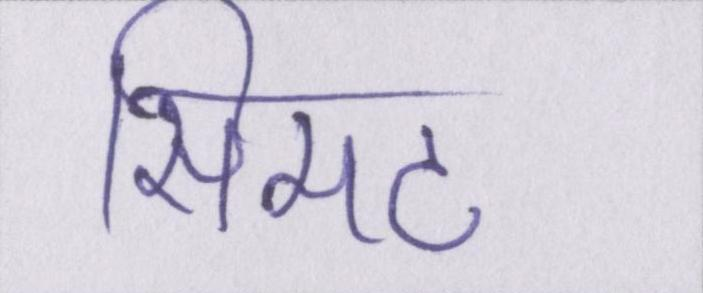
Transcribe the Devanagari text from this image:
सिमट